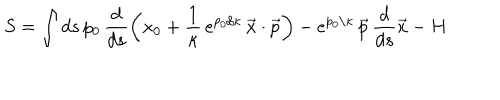
LaTeX: S = \int d s \, p _ { 0 } \, \frac { d } { d s } \left( x _ { 0 } + \frac 1 \kappa \, e ^ { p _ { 0 } / \kappa } \, \vec { x } \cdot \vec { p } \right) - e ^ { p _ { 0 } / \kappa } \, \vec { p } \, \frac { d } { d s } \vec { x } - H